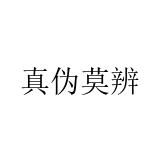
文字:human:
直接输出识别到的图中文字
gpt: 真伪莫辨